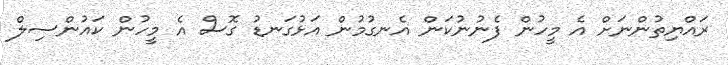
ރައްޔިތުންނަށް އެ މީހުން ފެނުނުކަން އެނގުމުން އަޅުގަނޑު ގޮސް އެ މީހުން ކައުންސިލް